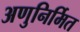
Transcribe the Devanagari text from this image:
अणुनिर्मित